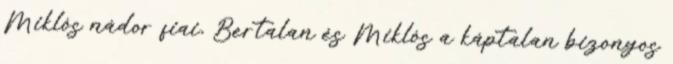
Miklós nádor fiai, Bertalan és Miklós a káptalan bizonyos